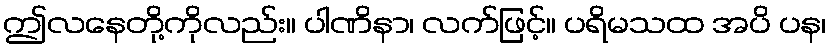
ဤလနေတို့ကိုလည်း။ ပါဏိနာ၊ လက်ဖြင့်။ ပရိမသထ အပိ ပန၊